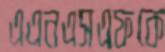
এএনএসএফকে